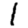
Digit: 1